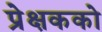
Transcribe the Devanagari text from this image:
प्रेक्षकको